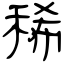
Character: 稀